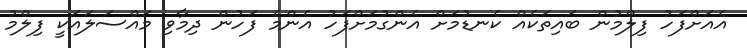
އެއަށްފަހު ފިލްމުން ބައިތަކެއް ކެނޑުމަށް އެންގުމަށްފަހު އެންމެ ފަހުން ދިމާވި މައްސަލައަކީ ފިލްމު